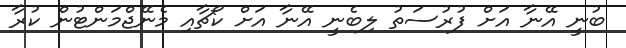
ބުނީ އޭނާ އަށް ފުރުސަތު ލިބެނީ އޭނާ އަށް ކޯޗާއި މެނޭޖްމަންޓުން ކުރާ